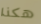
هكذا